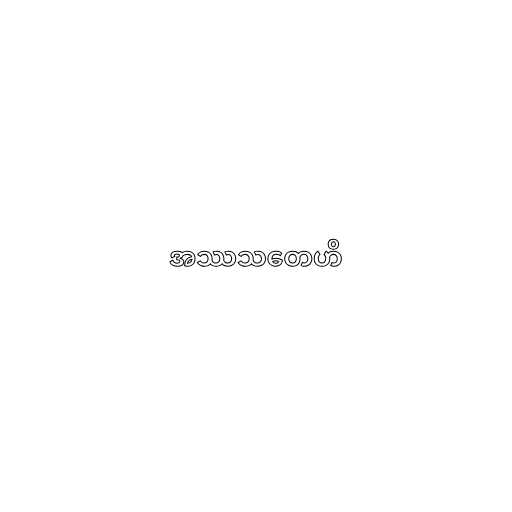
အဿသတေဟိ